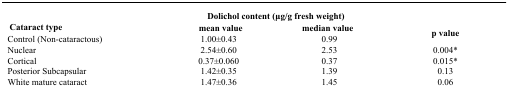
| <ROWSPAN=2> Cataract type | <COLSPAN=2> Dolichol content (μg/g fresh weight) | <ROWSPAN=2> p value |
 | mean value | median value |
 | --- | --- | --- | --- |
 | Control (Non-cataractous) | 1.00±0.43 | 0.99 |  |
 | Nuclear | 2.54±0.60 | 2.53 | 0.004* |
 | Cortical | 0.37±0.060 | 0.37 | 0.015* |
 | Posterior Subcapsular | 1.42±0.35 | 1.39 | 0.13 |
 | White mature cataract | 1.47±0.36 | 1.45 | 0.06 |